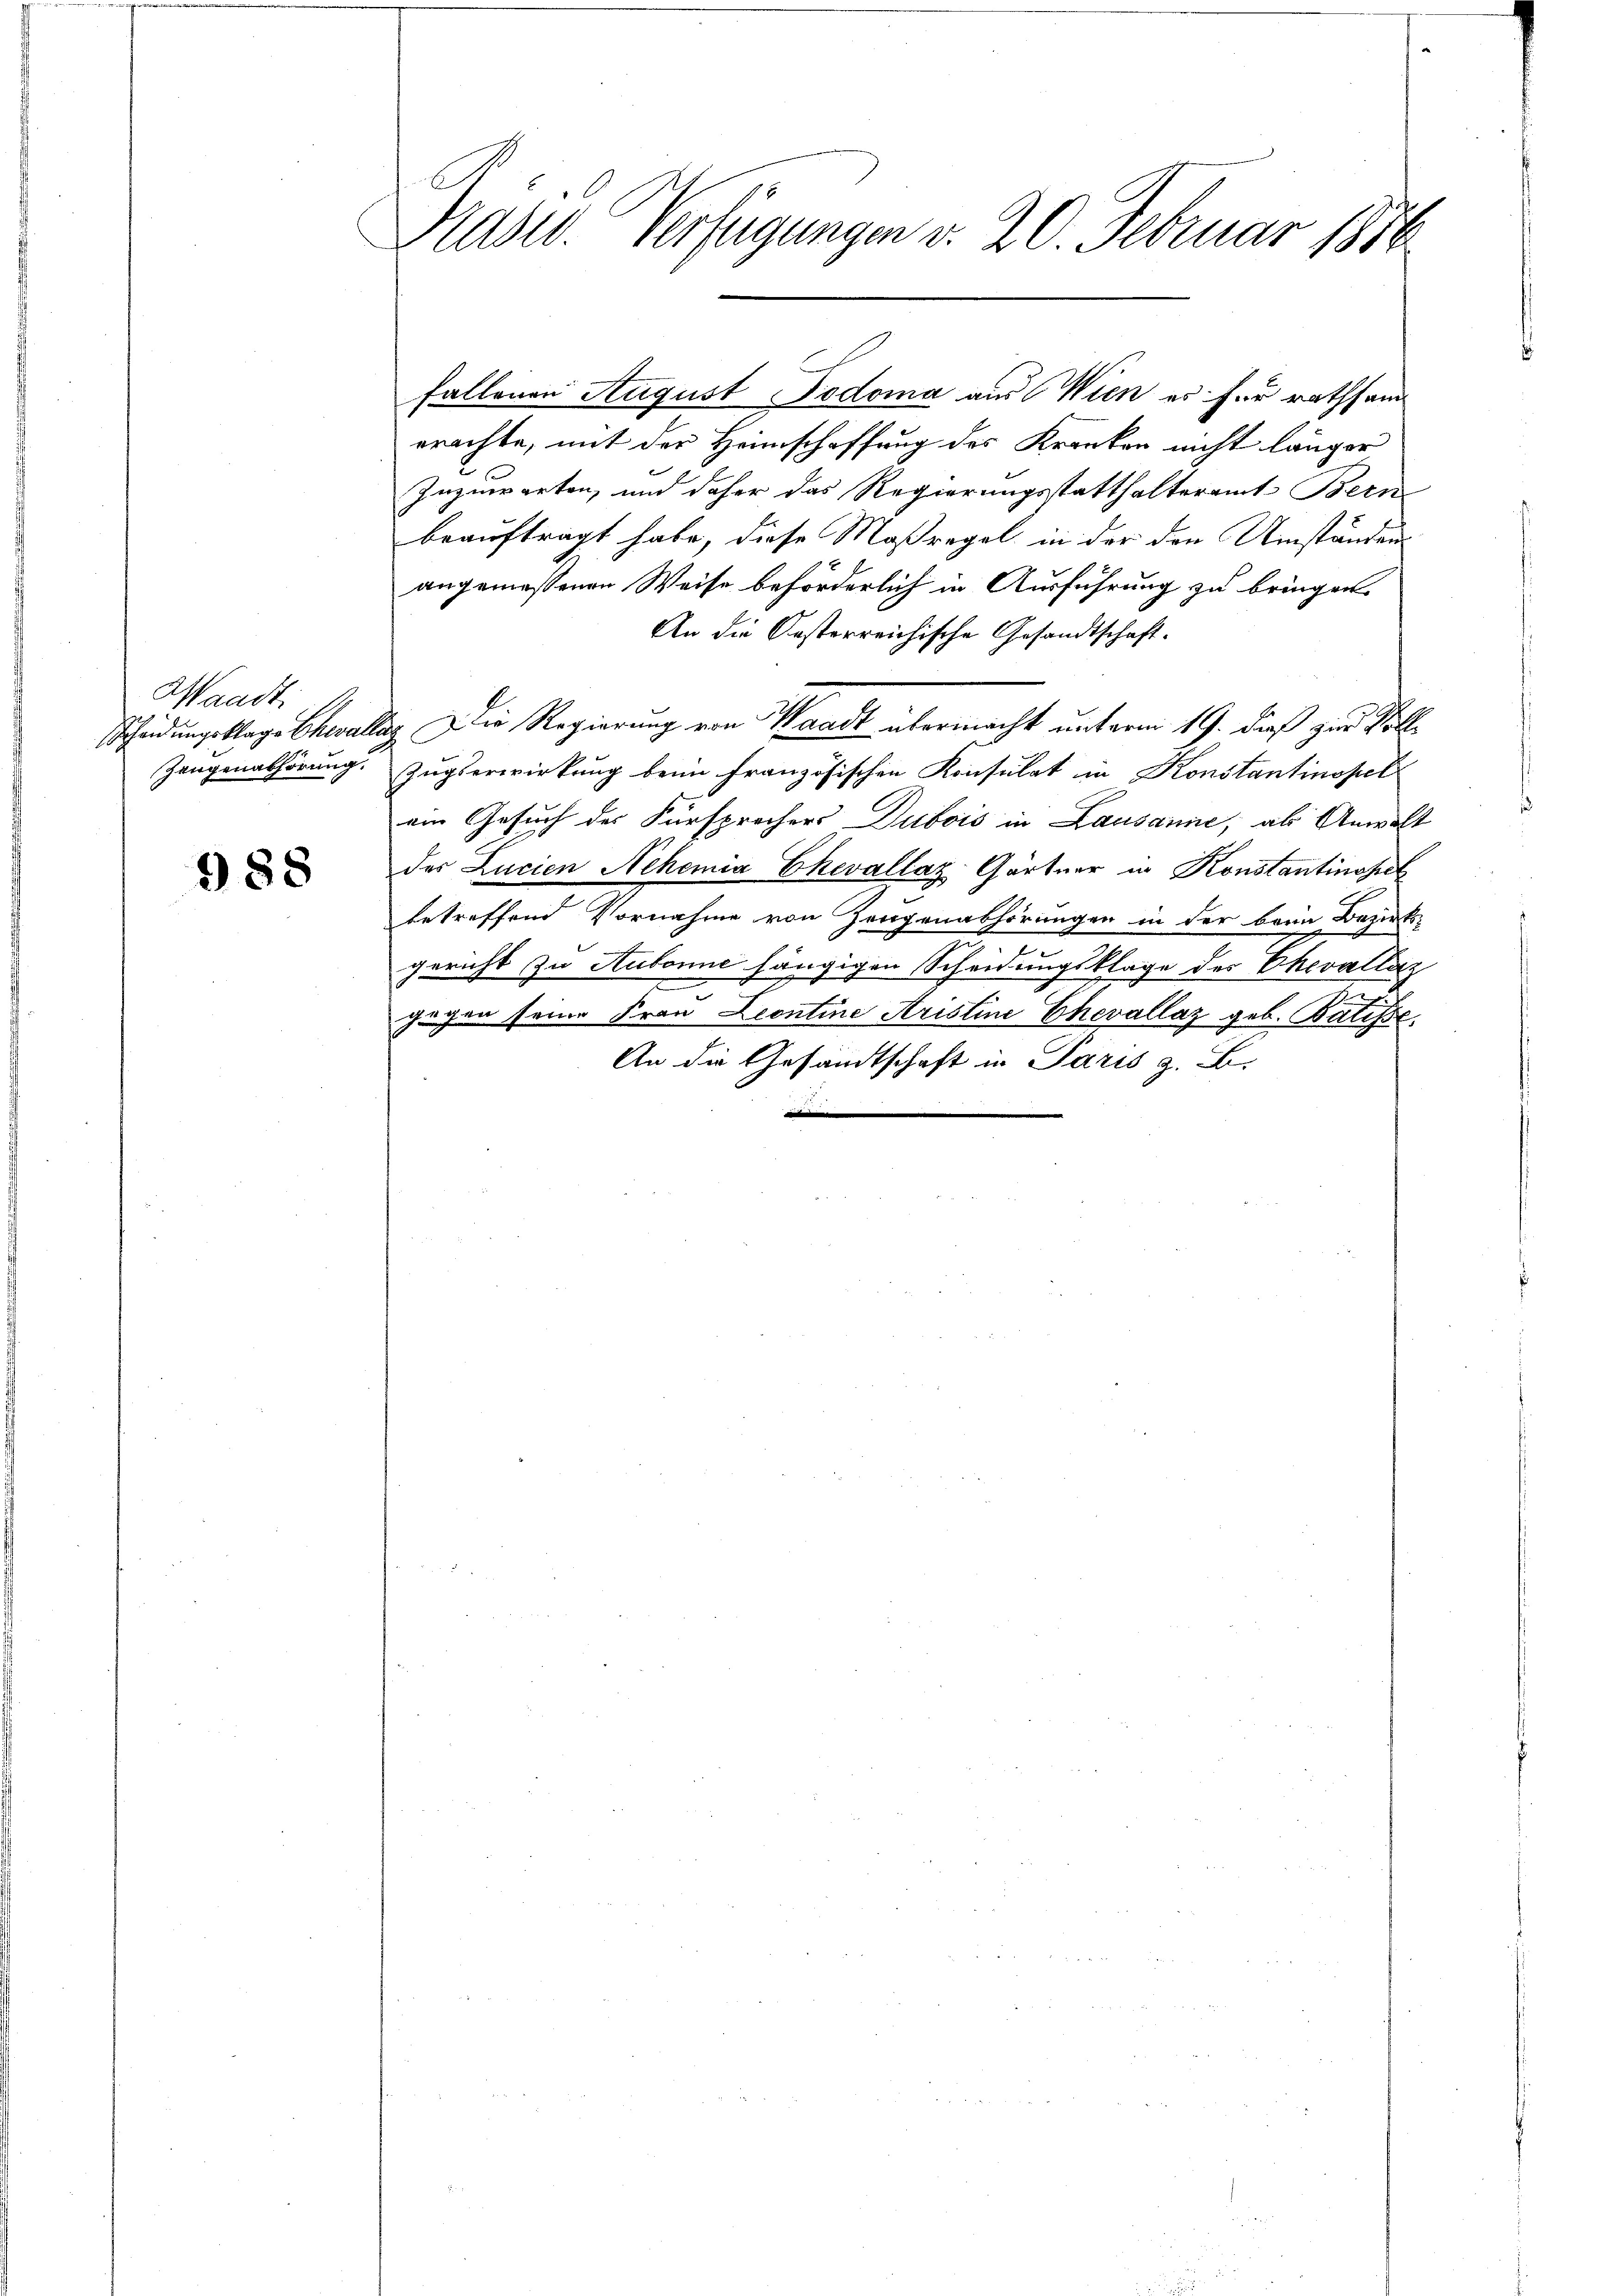
Waadt.
Zeugenabhörung.

988

Präsid. Verfügungen v. 20. Februar 1890

erachte, mit der Heimschaffung des Kranken nicht länger
Zuzuwarten, und daher das Regierungsstatthalteramt Berne
beauftragt habe, diese Maßregel in der den Umständen
angemessenen Weise beförderlich in Ausführung zu bringen.
An die Oesterreichische Gesandtschaft.
Escheidungsklage Challag. Die Regierung von Waadt übermacht unterm 19. dieß zur Kolle
Zugserwirkung beim Französischen Konsulat in Konstantinopel
ein Gesuch des Fürsprochers Dubois in Lausanne, als Anwalt
des Lucien Nehemia Ekevallaz Gärtner in Konstantinopel
betreffend Vornahme von Zeugenabhörungen in der beim Bezirks-
gericht zu Aubonne hängigen Scheidungsklage des Chevallaz
.
gegen seine Frau Leontine Aristine Chevallaz geb. Batisse.
An die Gesandtschaft in Paris z. B.

fallenen August Podoma aus Wien es für rathsam